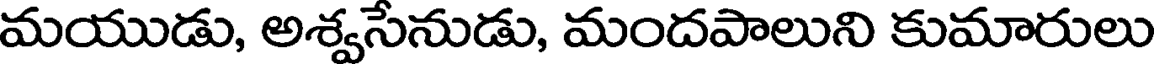
మయుడు, అశ్వసేనుడు, మందపాలుని కుమారులు